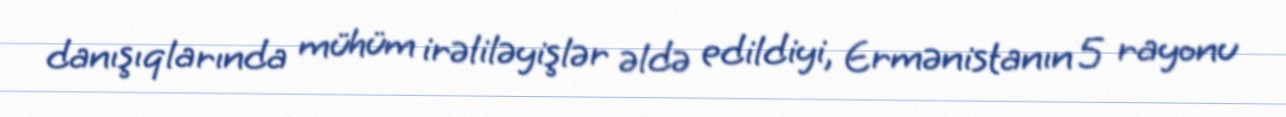
danışıqlarında mühüm irəliləyişlər əldə edildiyi, Ermənistanın 5 rayonu